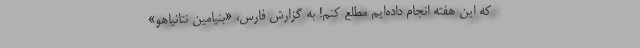
که این هفته انجام داده‌ایم مطلع کنم! به گزارش فارس، «بنیامین نتانیاهو»